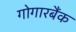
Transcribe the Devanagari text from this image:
गोगारबैंक